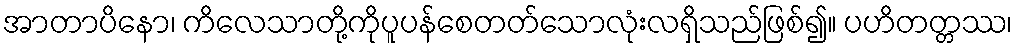
အာတာပိနော၊ ကိလေသာတို့ကိုပူပန်စေတတ်သောလုံးလရှိသည်ဖြစ်၍။ ပဟိတတ္တဿ၊